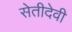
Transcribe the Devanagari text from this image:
सेतीदेवी